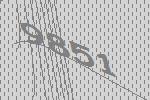
9851